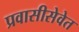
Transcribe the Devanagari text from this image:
प्रवासीसेवेत